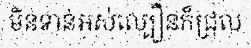
មិនទាន់អស់ល្បឿនក៏ជ្រុល